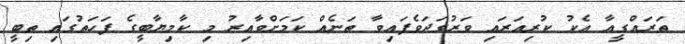
ތަރައްގީއާ އެކު ކުރިއަރައި ވަރުގަދަވެފައިވާ ތަނެއް ކަމަށްވާއިރު މި ކާމިޔާބީގެ ފަހަތުގައި ތިބީ